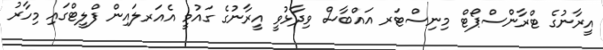
އީރާނުގެ ޓްރާންސްޕޯޓް މިނިސްޓަރ އައްބާސް ވިދާޅުވީ އީރާނުގެ ގައުމީ އެއަރލައިން ފްލީޓްގައި މިހާރު